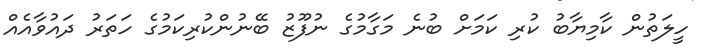
ހީލަތުން ކާމިޔާބު ކުރި ކަމަށް ބުނެ މަގާމުގެ ނުފޫޒު ބޭނުންކުރިކަމުގެ ހަތަރު ދައުވާއެއް